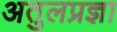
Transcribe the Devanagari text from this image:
अतुलप्रज्ञा